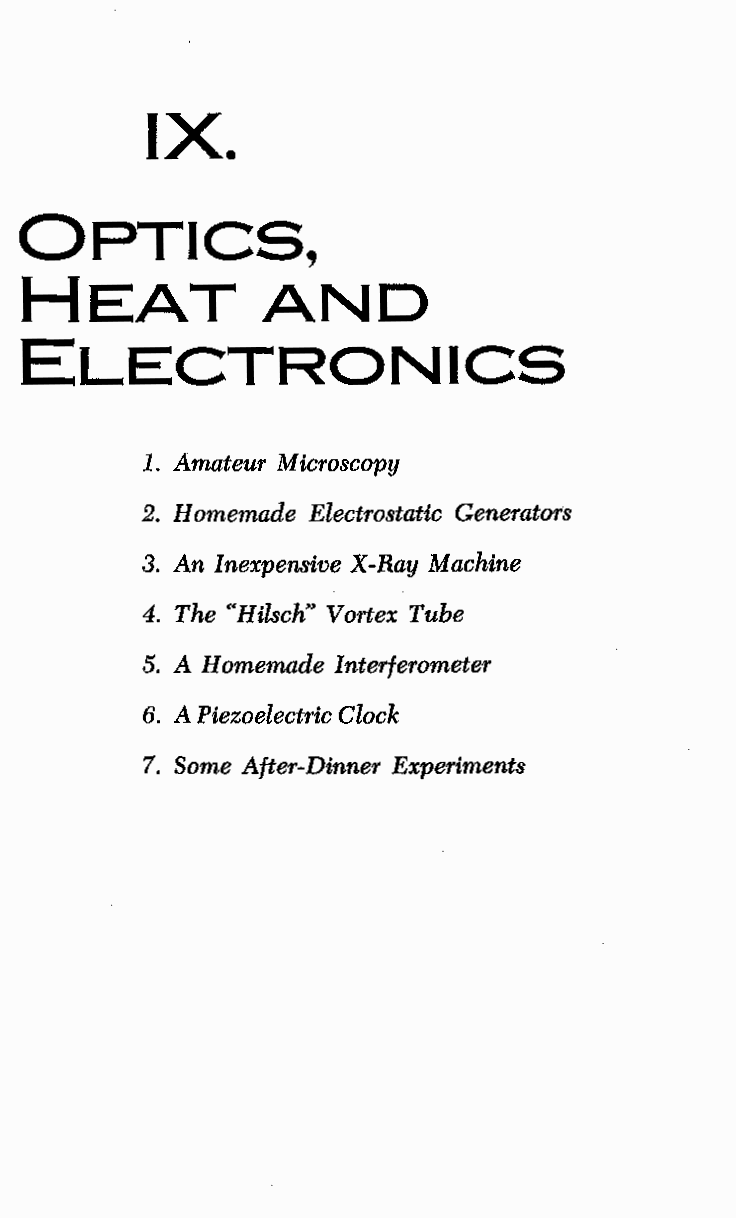
IX.
 OPTICS,
 HEAT            AND
 ELECTRONICS
 1. Amateur Microscopy
 2. Homemade Electrostatic Generators
 3. An Inexpensive X-Ray Machine
 4. The "Hilsch" Vortex Tube
 5. A Homemade Interferometer
 6. A Piezoelectric Clock
 7. Some After-Dinner Experiments